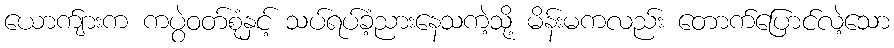
ယောက်ျားက ကပွဲဝတ်စုံနှင့် သပ်ရပ်ခံ့ညားနေသကဲ့သို့ မိန်းမကလည်း တောက်ပြောင်လဲ့သော